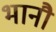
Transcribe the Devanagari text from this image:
भानौ